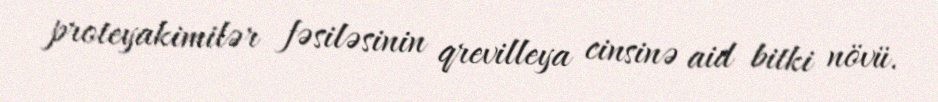
proteyakimilər fəsiləsinin qrevilleya cinsinə aid bitki növü.